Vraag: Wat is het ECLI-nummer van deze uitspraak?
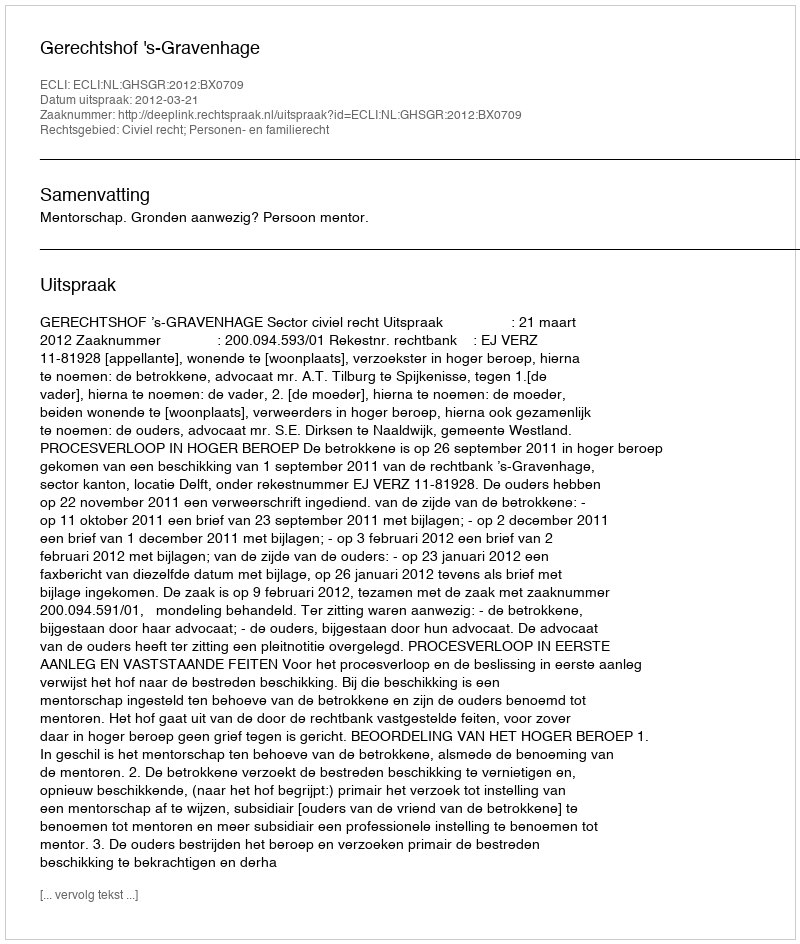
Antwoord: ECLI:NL:GHSGR:2012:BX0709